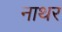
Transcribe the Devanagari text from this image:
नाथर